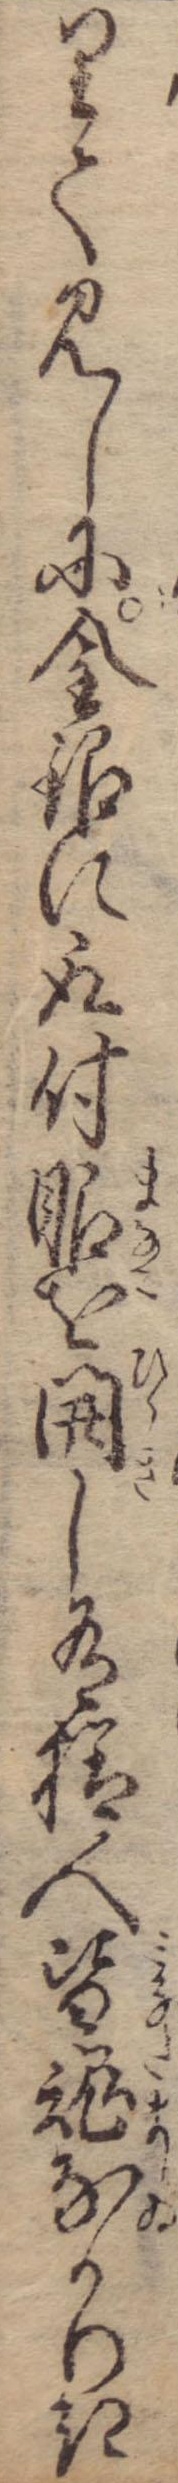
りて見しに金銀に取付眼を開し有様人皆魂なかりき